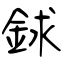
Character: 銶